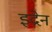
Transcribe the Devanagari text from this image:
इद्रेन